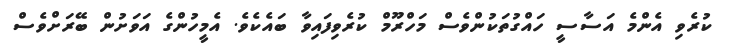
ކުރެވި އެންމެ އަސާސީ ހައްގުތަކުންވެސް މަހްރޫމް ކުރެވިފައިވާ ބައެކެވެ. އެމީހުންގެ އަވަށުން ބޭރަށްވެސް